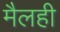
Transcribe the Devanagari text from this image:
मैलही